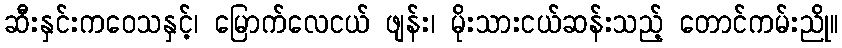
ဆီးနှင်းကဝေသနှင့်၊ မြောက်လေငယ် ဖျန်း၊ မိုးသားငယ်ဆန်းသည့် တောင်ကမ်းညို။